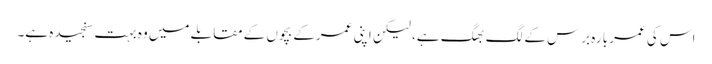
اس کی عمر بارہ برس کے لگ بھگ ہے، لیکن اپنی عمرکے بچوں کے مقابلے میں وہ بہت سنجیدہ ہے۔